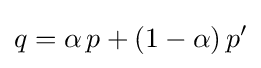
q=\alpha \,p+(1-\alpha )\,p'